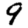
Digit: 9